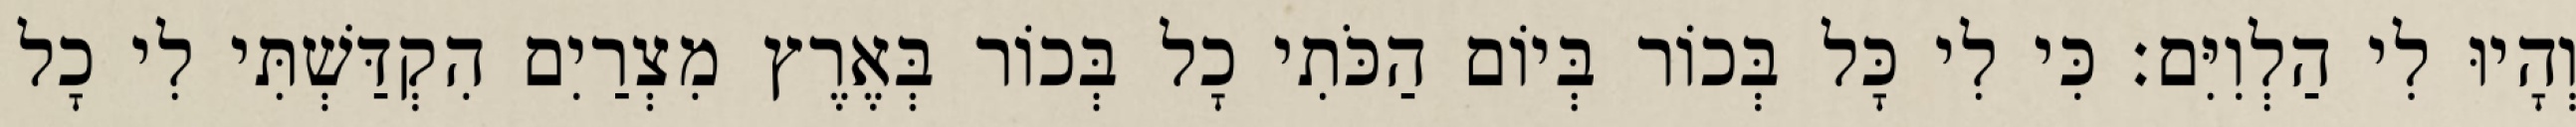
וְהָיוּ לִי הַלְוִיִּם׃ כִּי לִי כָּל בְּכוֹר בְּיוֹם הַכֹּתִי כָל בְּכוֹר בְּאֶרֶץ מִצְרַיִם הִקְדַּשְׁתִּי לִי כָל